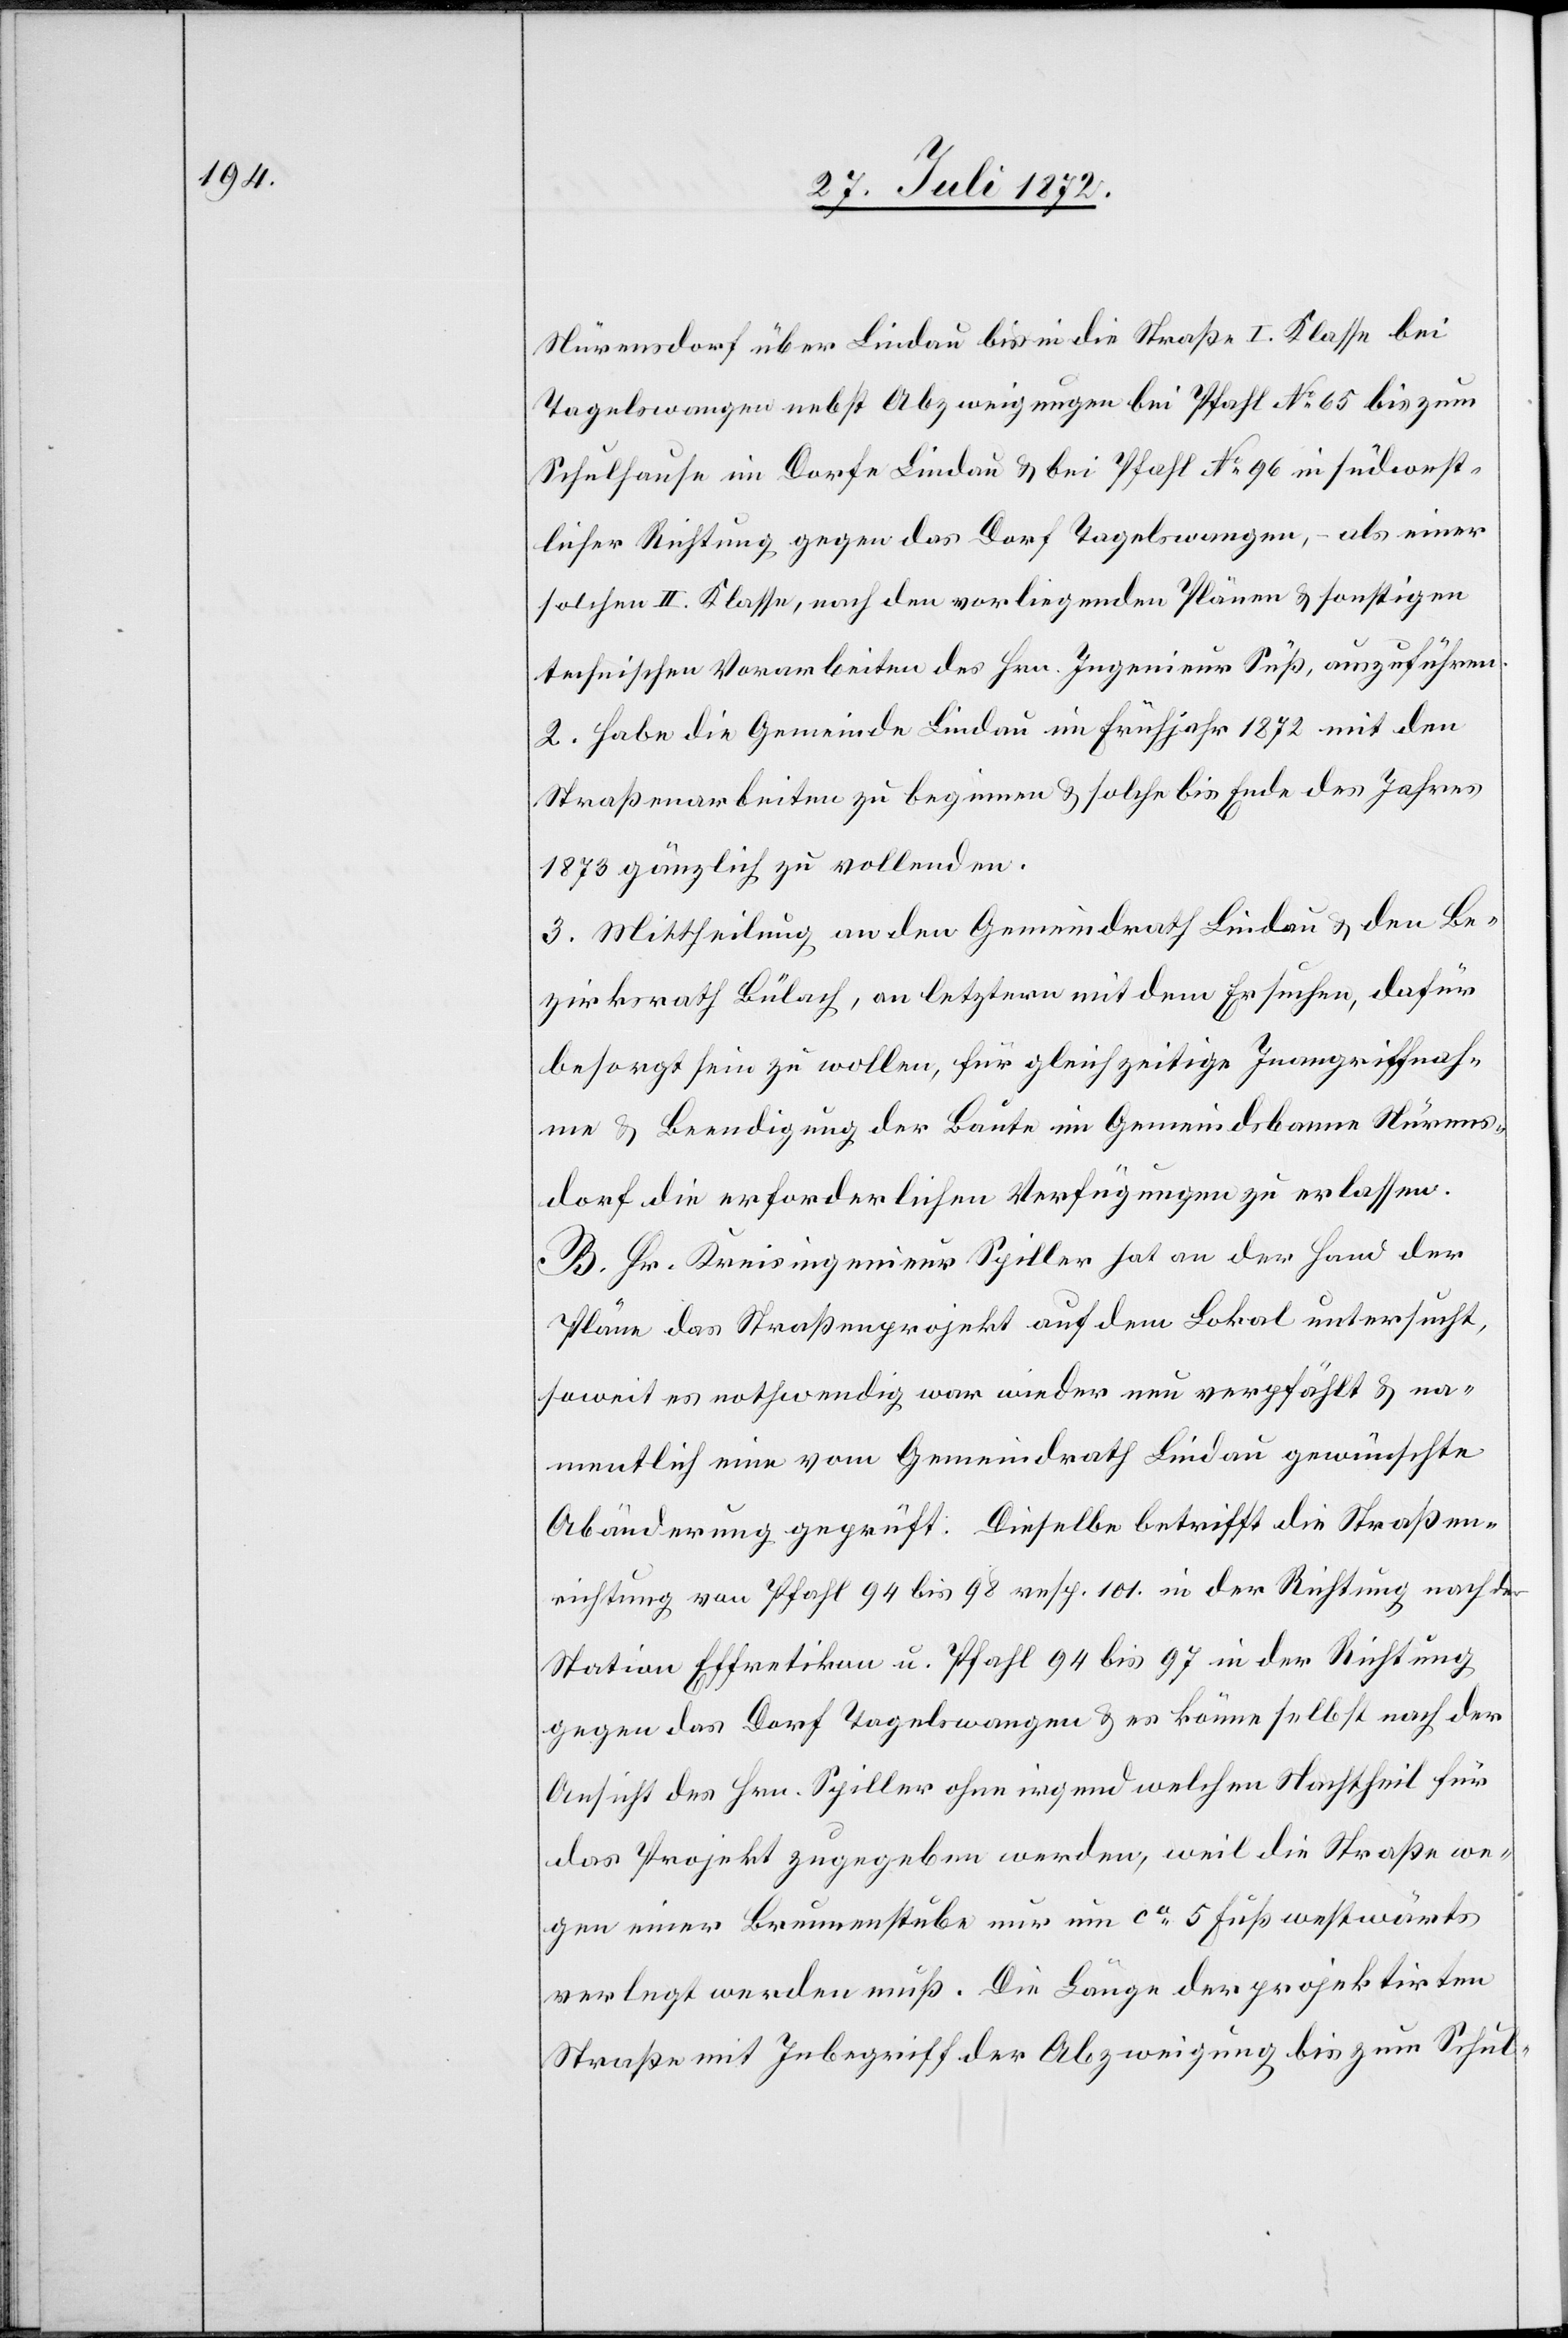
Nürensdorf über Lindau bis in die Straße I. Klasse bei
Tagelswangen nebst Abzweigungen bei Pfahl No 65 bis zum
Schulhause im Dorfe Lindau u. bei Pfahl No 96 in südoest¬
licher Richtung gegen das Dorf Tagelswangen, – als einer
solchen II. Klasse, nach den vorliegenden Plänen u. sonstigen
technischen Vorarbeiten des Hrn. Ingenieur Süß, auszuführen.
2. Habe die Gemeinde Lindau im Frühjahr 1872 mit den
Straßenarbeiten zu beginnen u. solche bis Ende des Jahres
1873 gänzlich zu vollenden.
3. Mittheilung an den Gemeindrath Lindau u. den Be¬
zirksrath Bülach, an letztern mit dem Ersuchen, dafür
besorgt sein zu wollen, für gleichzeitige Inangriffnah¬
me u. Beendigung der Baute im Gemeindsbanne Nürens¬
dorf die erforderlichen Verfügungen zu erlassen.
B. Hr. Kreisingenieur Spiller hat an der Hand der
Pläne [sic!] das Straßenprojekt auf dem Lokal untersucht,
soweit es nothwendig war wieder neu verpfählt u. na¬
mentlich eine vom Gemeindrath Lindau gewünschte
Abänderung geprüft. Dieselbe betrifft die Straßen¬
richtung von Pfahl 94 bis 98 resp. 101. in der Richtung nach der
Station Effretikon u. Pfahl 94 bis 97 in der Richtung
gegen das Dorf Tagelswangen u. es könne selbst nach der
Ansicht des Hrn. Spiller ohne irgend welchen Nachtheil für
das Projekt zugegeben werden, weil die Straße we¬
gen einer Brunnenstube nur um ca 5 Fuß westwärts
verlegt werden muß. Die Länge der projektirten
Straße mit Inbegriff der Abzweigung bis zum Schul-